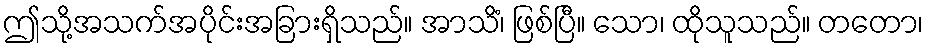
ဤသို့အသက်အပိုင်းအခြားရှိသည်။ အာသိံ၊ ဖြစ်ပြီ။ သော၊ ထိုသူသည်။ တတော၊